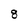
Character: 8